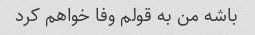
باشه من به قولم وفا خواهم کرد